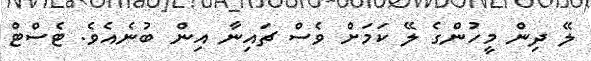
ލޭ ދިން މީހުންގެ ލޭ ކަމަށް ވެސް ޗައިނާ އިން ބުނެއެވެ. ޓެސްޓް